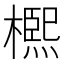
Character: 𣜠